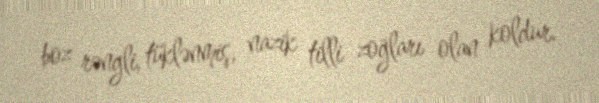
boz rəngli, tüklənmiş, nazik tilli zoğları olan koldur.